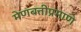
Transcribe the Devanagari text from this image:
मेणबत्तीप्रमाणे